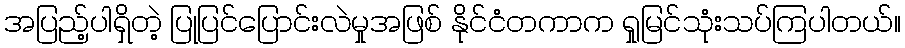
အပြည့်ပါရှိတဲ့ ပြုပြင်ပြောင်းလဲမှုအဖြစ် နိုင်ငံတကာက ရှုမြင်သုံးသပ်ကြပါတယ်။